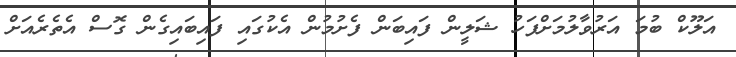
އަލޫކް ބުމަ އަރުވާލުމަށްފަހު ޝަލީން ފައިބަން ފެށުމުން އެކުގައި ފައިބައިގެން ގޮސް އެތެރެއަށް